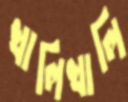
খালিখালি